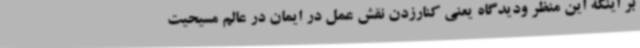
بر اینکه این منظر ودیدگاه یعنی کنارزدن نقش عمل در ایمان در عالم مسیحیت